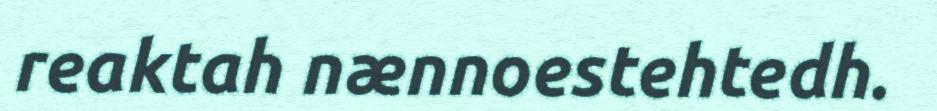
reaktah nænnoestehtedh.